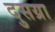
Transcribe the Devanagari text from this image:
दुसय्रा